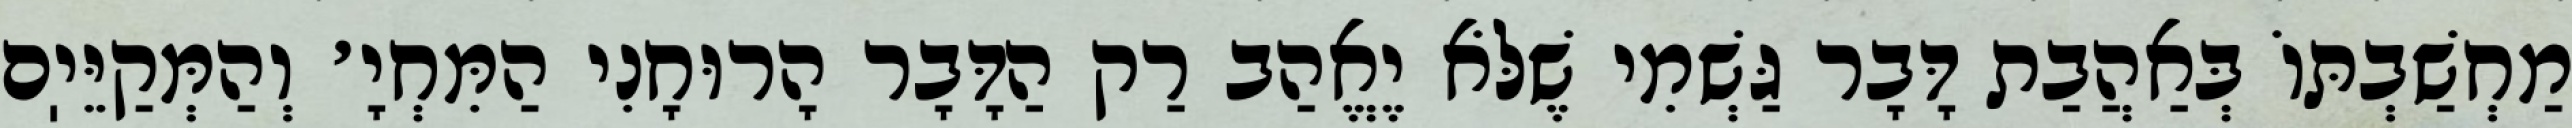
מַחְשַׁבְתּוֹ בְּאַהֲבַת דָּבָר גַּשְׁמִי שֶׁלֹּא יֶאֱהַב רַק הַדָּבָר הָרוּחָנִי הַמִּחְיָ׳ וְהַמְּקַיֵּיֽם